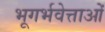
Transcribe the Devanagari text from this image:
भूगर्भवेत्ताओं